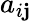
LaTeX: a_{i\mathbf{j}}